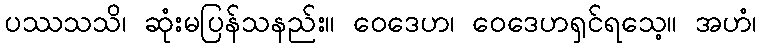
ပဿသသိ၊ ဆုံးမပြန်သနည်း။ ဝေဒေဟ၊ ဝေဒေဟရှင်ရသေ့။ အဟံ၊